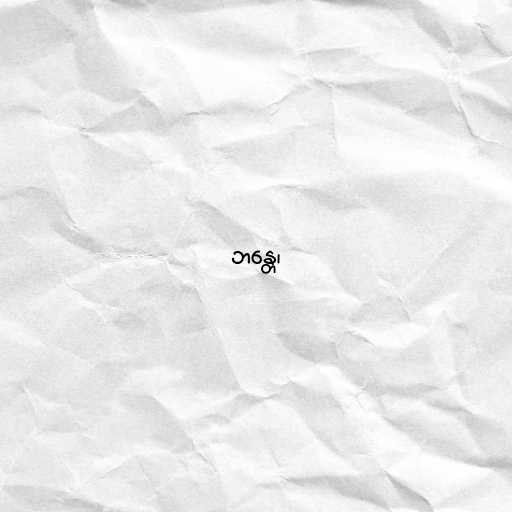
ဘန္တေ၊